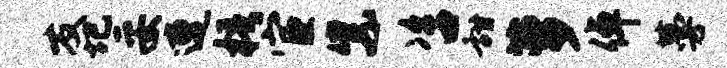
友圮妥遭梧宦紫咨甜萝倬蔓